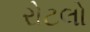
રોટલો